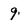
Character: 9